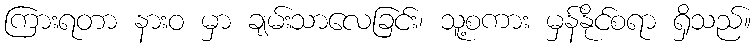
ကြားရတာ နားဝ မှာ ချမ်းသာလေခြင်း၊ သူ့စကား မှန်နိုင်စရာ ရှိသည်။